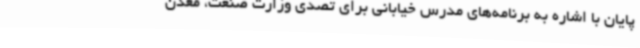
پایان با اشاره به برنامه‌های مدرس خیابانی برای تصدی وزارت صنعت، معدن